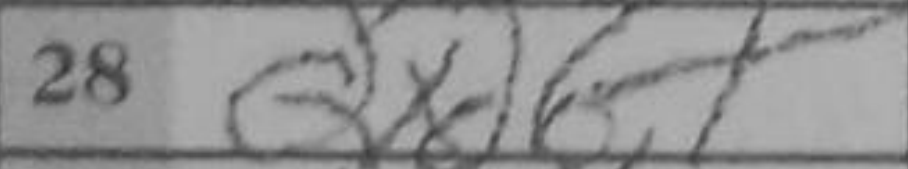
Transcription: Qxd6+